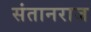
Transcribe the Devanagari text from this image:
संतानराज